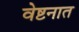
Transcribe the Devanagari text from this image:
वेष्टनात